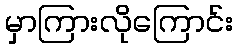
မှာကြားလိုကြောင်း